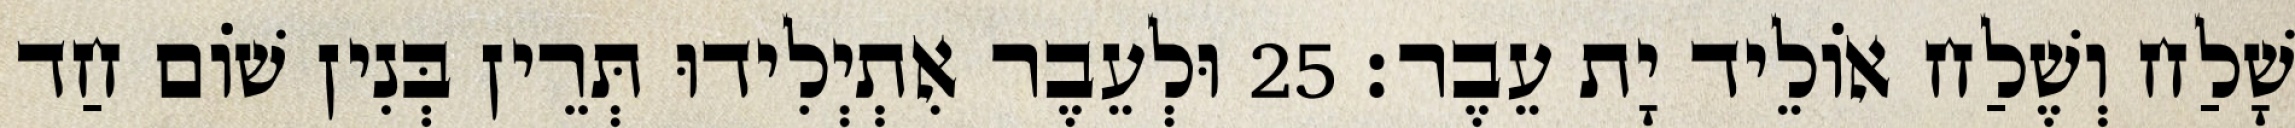
שָׁלַח וְשֶׁלַח אוֹלֵיד יָת עֵבֶר׃ 25 וּלְעֵבֶר אִתְיְלִידוּ תְּרֵין בְּנִין שׁוֹם חַד